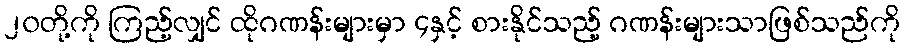
၂၀တို့ကို ကြည့်လျှင် ထိုဂဏန်းများမှာ ၄နှင့် စားနိုင်သည့် ဂဏန်းများသာဖြစ်သည်ကို